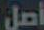
أصل